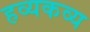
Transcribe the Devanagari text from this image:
हव्यकव्य